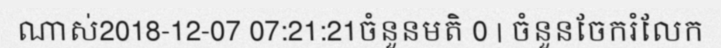
ណាស់2018-12-07 07:21:21ចំនួនមតិ 0 | ចំនួនចែករំលែក